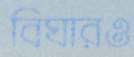
বিঘারও